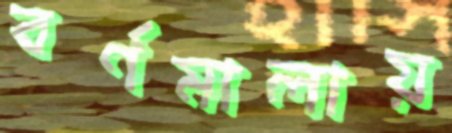
বর্ণমালায়